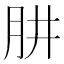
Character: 肼